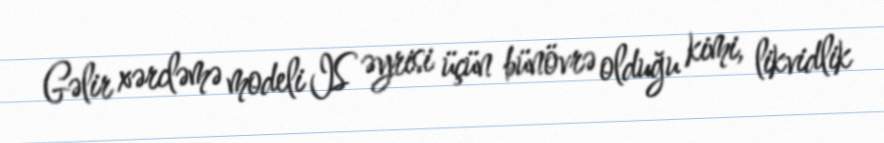
Gəlir xərcləmə modeli IS əyrisi üçün bünövrə olduğu kimi, likvidlik